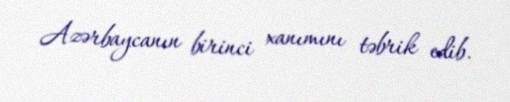
Azərbaycanın birinci xanımını təbrik edib.